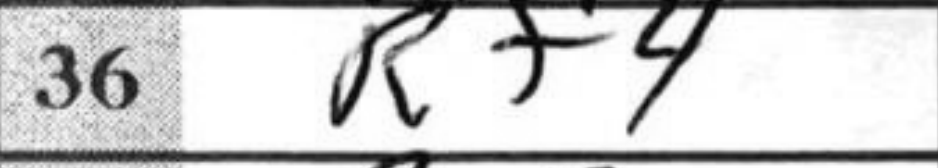
Transcription: Rf4